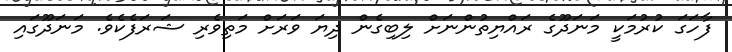
ފާހަގަ ކުރުމަކީ މަނަދޫގެ ރައްޔިތުންނަށް ލިބިގެން ދިޔަ ވަރަށް މަތިވެރި ޝަރަފެކެވެ. މަނަދޫގައި